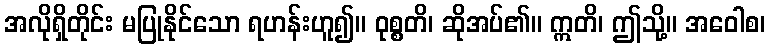
အလိုရှိတိုင်း မပြုနိုင်သော ရဟန်းဟူ၍။ ဝုစ္စတိ၊ ဆိုအပ်၏။ ဣတိ၊ ဤသို့။ အဝေါစ၊